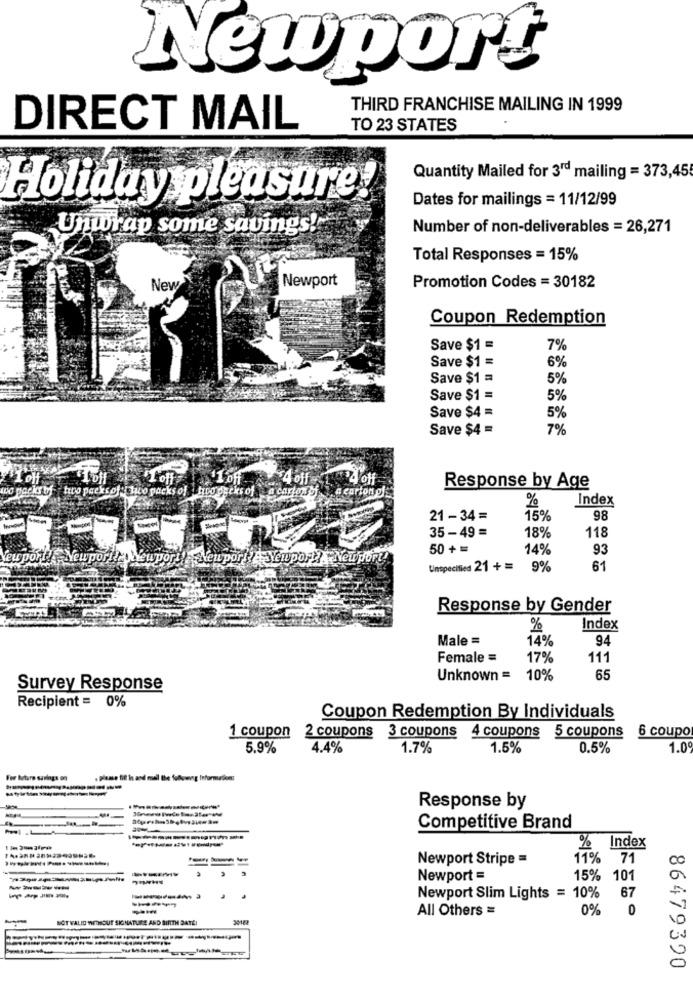
Newport
THIRD FRANCHISE MAILING IN 1999
DIRECT MAIL
TO 23 STATES
Quantity Mailed for 3rd mailing = 373,45
Dates for mailings = 11/12/99
Holiday pleasure
Unwrap some savings!
Number of non-deliverables = 26,271
Total Responses = 15%
New
Newport
Promotion Codes = 30182
Coupon Redemption
Save $1 =
7%
Save $1 =
6%
Save $1 =
5%
Save $1 =
5%
Save $4 =
5%
Save $4 =
7%
L'off
11 off
A off
wo packs bf " tiro paeksof { tico packs of tico decks of a cartano
.a carion of
Response by Age
%
Index
21 - 34 =
15%
98
35 -49 =
18%
118
50+ =
14%
93
urporfyNYeupor!
il Neuporl' Newport -Newport!
Unspecified 21+=
9%
61
Response by Gender
%
Index
Male =
14%
94
Female =
17%
111
Unknown =
10%
65
Survey Response
Recipient = 0%
Coupon Redemption By Individuals
3 coupons 4 coupons
5 coupons
6 coupo
1 coupon 2 coupons
5.9%
4.4%
1.7%
1.5%
0.5%
1.0º
For Betare savings on
, please fitt In and mall the following Informurice:
Response by
Competitive Brand
% Index
Newport Stripe =
11% 71
00
Newport =
15% 101
a
-----
----
Newport Slim Lights = 10%
67
All Others =
0%
0
NOT VALID WITHOUT SIGNATURE AND BIRTH DATE!
10
0